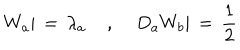
W _ { a } | \, = \, \lambda _ { a } \; , \; D _ { a } W _ { b } | \, = \, \frac { 1 } { 2 }